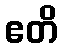
ဧတိ